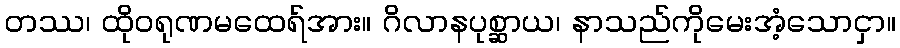
တဿ၊ ထိုဝရုဏမထေရ်အား။ ဂိလာနပုစ္ဆာယ၊ နာသည်ကိုမေးအံ့သောငှာ။